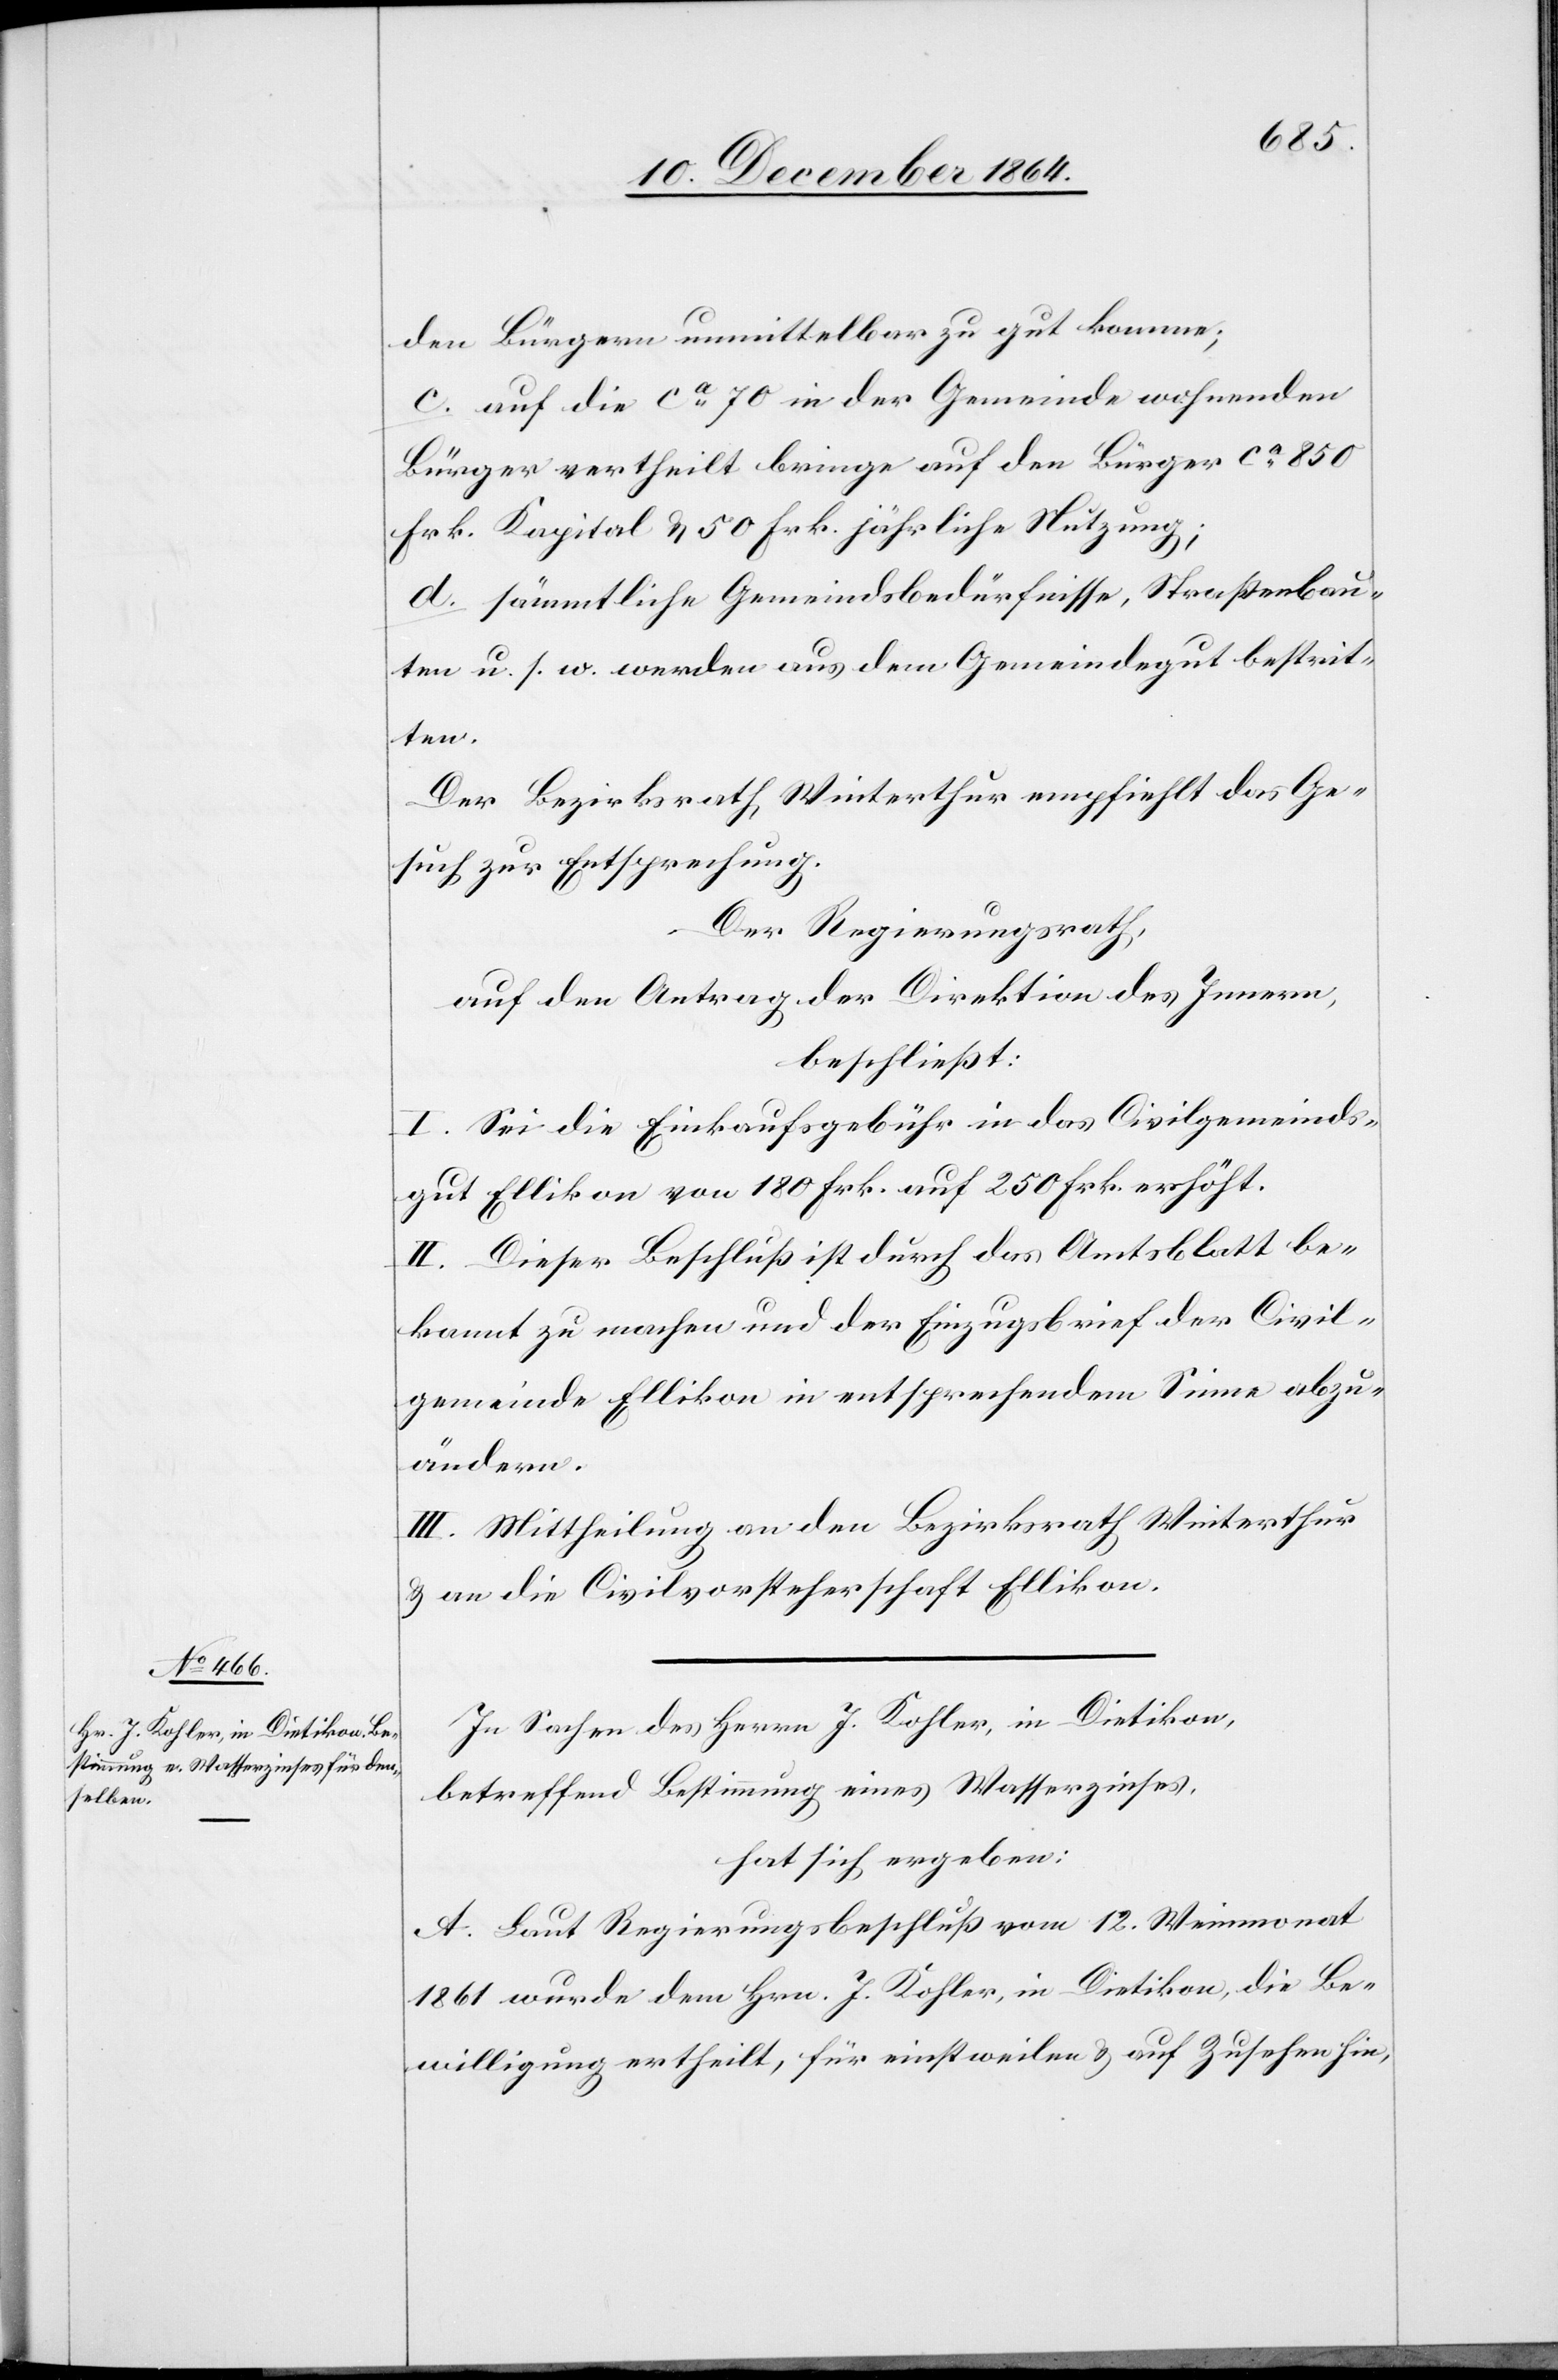
den Bürgern unmittelbar zu gut komme;
c. auf die ca 70 in der Gemeinde wohnenden
Bürger vertheilt bringe auf den Bürger ca 850
Frk. Kapital & 50 Frk. jährliche Nutzung
d. sämmtliche Gemeindsbedürfnisse, Straßenbau¬
ten u. s. w. werden aus dem Gemeindegut bestrit¬
ten.
Der Bezirksrath Winterthur empfiehlt das Ge¬
such zur Entsprechung.
Der Regierungsrath,
auf den Antrag der Direktion des Innern,
beschließt:
I. Sei die Einkaufsgebühr in das Civilgemeinde¬
gut Ellikon von 180 Frk. auf 250 Frk. erhöht.
II. Dieser Beschluß ist durch das Amtsblatt be¬
kannt zu machen und der Einzugsbrief der Civil¬
gemeinde Ellikon in entsprechendem Sinne abzu¬
ändern.
III. Mittheilung an den Bezirksrath Winterthur
& an die Civilvorsteherschaft Ellikon.
In Sachen des Herrn J. Kohler, in Dietikon,
betreffend Bestimmung eines Wasserzinses,
hat sich ergeben:
A. Laut Regierungsbeschluß vom 12. Weinmonat
1861 wurde dem Hrn. J. Kohler, in Dietikon, die Be¬
willigung ertheilt, für einstweilen & auf Zusehen hin,